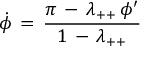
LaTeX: \dot { \phi } \, = \, \frac { \pi \, - \, \lambda _ { + + } \, \phi ^ { \prime } } { 1 \, - \, \lambda _ { + + } }